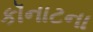
કૉનાટના